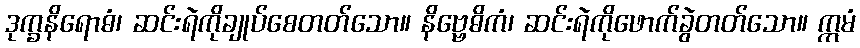
ဒုက္ခနိရောဓံ၊ ဆင်းရဲကိုချုပ်စေတတ်သော။ နိဗ္ဗေဓိကံ၊ ဆင်းရဲကိုဖောက်ခွဲတတ်သော။ ဣမံ